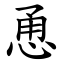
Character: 恿